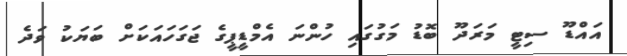
އައްޑޫ ސިޓީ މަރަދޫ ބޮޑު މަގުގައި ހުންނަ އެމްޑީޕީގެ ޖަގަހައަކަށް ބަޔަކު ވަދެ